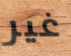
غير